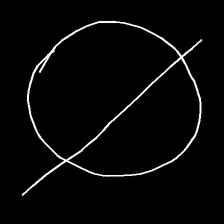
Glyph: orb